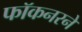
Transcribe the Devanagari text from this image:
फॉकनरने